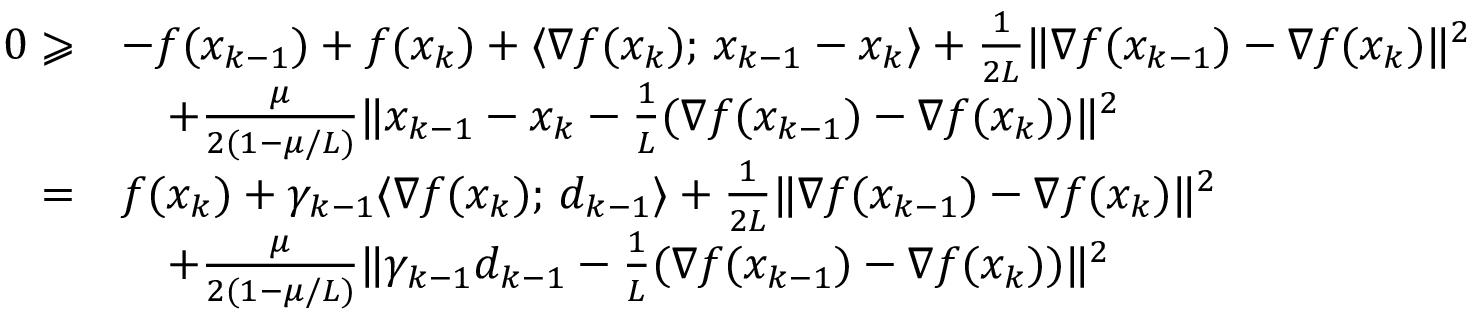
\begin{array} { r l } { 0 \geqslant } & { - f ( x _ { k - 1 } ) + f ( x _ { k } ) + \langle \nabla f ( x _ { k } ) ; \, x _ { k - 1 } - x _ { k } \rangle + \frac { 1 } { 2 L } \| \nabla f ( x _ { k - 1 } ) - \nabla f ( x _ { k } ) \| ^ { 2 } } \\ & { \quad + \frac { \mu } { 2 ( 1 - \mu / L ) } \| x _ { k - 1 } - x _ { k } - \frac { 1 } { L } ( \nabla f ( x _ { k - 1 } ) - \nabla f ( x _ { k } ) ) \| ^ { 2 } } \\ { = } & { f ( x _ { k } ) + \gamma _ { k - 1 } \langle \nabla f ( x _ { k } ) ; \, d _ { k - 1 } \rangle + \frac { 1 } { 2 L } \| \nabla f ( x _ { k - 1 } ) - \nabla f ( x _ { k } ) \| ^ { 2 } } \\ & { \quad + \frac { \mu } { 2 ( 1 - \mu / L ) } \| \gamma _ { k - 1 } d _ { k - 1 } - \frac { 1 } { L } ( \nabla f ( x _ { k - 1 } ) - \nabla f ( x _ { k } ) ) \| ^ { 2 } } \end{array}